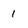
Character: 1